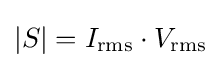
|S|=I_{\text{rms}}\cdot V_{\text{rms}}